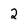
Character: 2